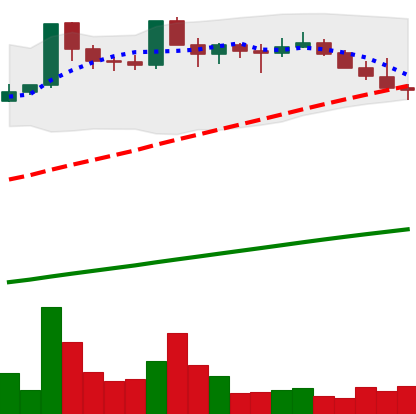
Ticker: DOGE-USD
Chart end date: 2021-03-25
Forward return: 4.766%
Label: up_3_5